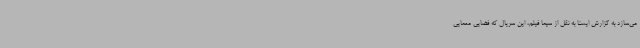
می‌سازد به گزارش ایسنا به نقل از سیما فیلم، این سریال که فضایی معمایی